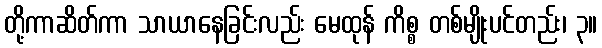
တို့ကာဆိတ်ကာ သာယာနေခြင်းလည်း မေထုန် ကိစ္စ တစ်မျိုးပင်တည်း၊ ၃။